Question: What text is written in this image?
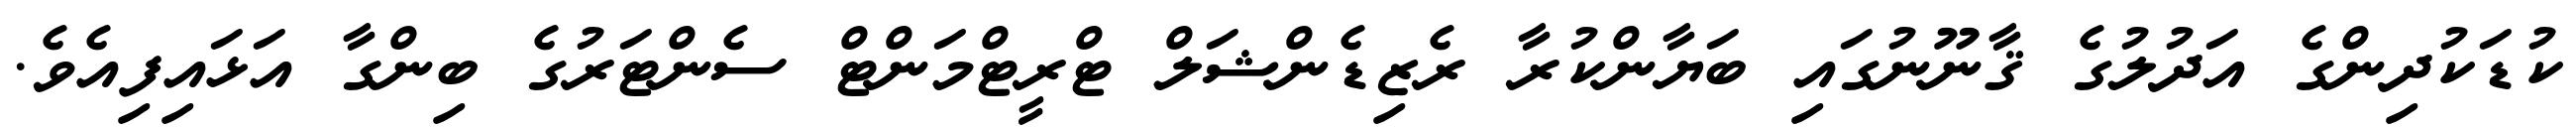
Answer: ކުޑަކުދިންގެ އަދުލުގެ ޤާނޫނުގައި ބަޔާންކުރާ ރެޒިޑެންޝަލް ޓްރީޓްމަންޓް ސެންޓަރުގެ ބިންގާ އަޅައިފިއެވެ.